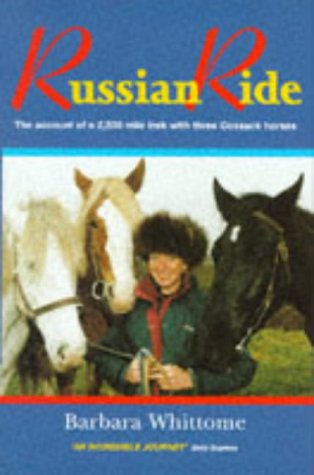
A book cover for Russian Ride; Barbara Whittome; Travel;